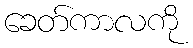
ခေတ်ကာလကို